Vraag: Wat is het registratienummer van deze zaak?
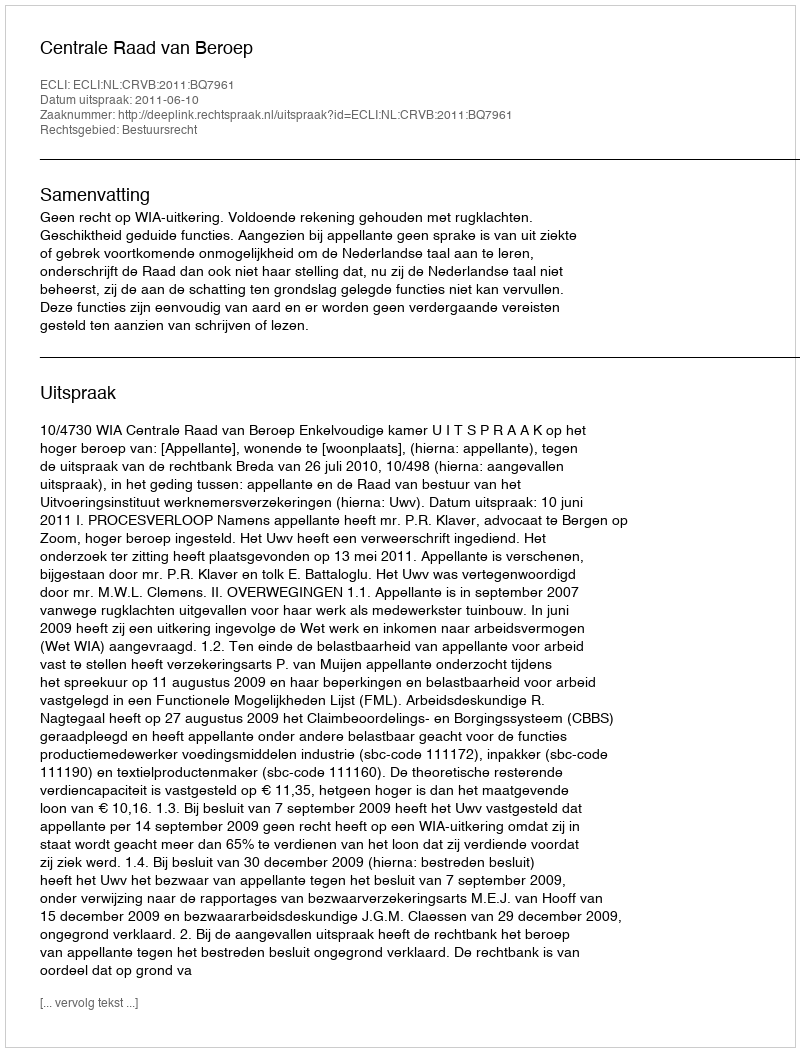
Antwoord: http://deeplink.rechtspraak.nl/uitspraak?id=ECLI:NL:CRVB:2011:BQ7961